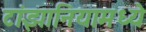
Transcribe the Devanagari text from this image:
टांझानियामध्ये